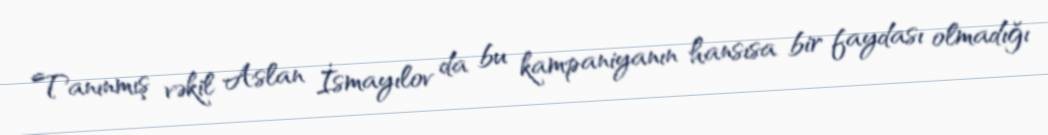
Tanınmış vəkil Aslan İsmayılov da bu kampaniyanın hansısa bir faydası olmadığı